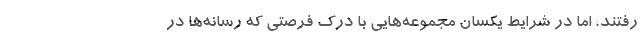
رفتند، اما در شرایط یکسان مجموعه‌هایی با درک فرصتی که رسانه‌ها در